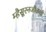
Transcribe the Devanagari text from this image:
म्हैसूरनजीकची